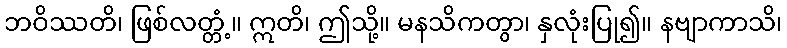
ဘဝိဿတိ၊ ဖြစ်လတ္တံ့။ ဣတိ၊ ဤသို့။ မနသိကတွာ၊ နှလုံးပြု၍။ နဗျာကာသိ၊